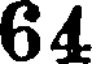
64